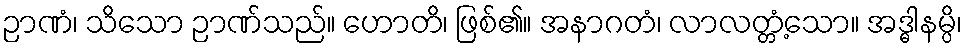
ဉာဏံ၊ သိသော ဉာဏ်သည်။ ဟောတိ၊ ဖြစ်၏။ အနာဂတံ၊ လာလတ္တံ့သော။ အဒ္ဓါနမ္ပိ၊